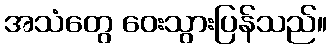
အသံတွေ ဝေးသွားပြန်သည်။